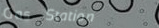
Gas Station